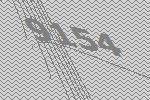
9154